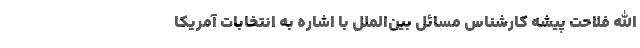
الله فلاحت پیشه کارشناس مسائل بین‌الملل با اشاره به انتخابات آمریکا